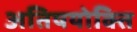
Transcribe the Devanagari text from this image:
अतिषयोक्ति